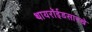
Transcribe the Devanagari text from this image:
थायरॉईडसारखे